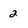
Character: 2